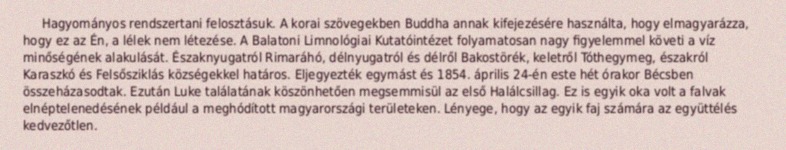
Hagyományos rendszertani felosztásuk. A korai szövegekben Buddha annak kifejezésére használta, hogy elmagyarázza, hogy ez az Én, a lélek nem létezése. A Balatoni Limnológiai Kutatóintézet folyamatosan nagy figyelemmel követi a víz minőségének alakulását. Északnyugatról Rimaráhó, délnyugatról és délről Bakostörék, keletről Tóthegymeg, északról Karaszkó és Felsősziklás községekkel határos. Eljegyezték egymást és 1854. április 24-én este hét órakor Bécsben összeházasodtak. Ezután Luke találatának köszönhetően megsemmisül az első Halálcsillag. Ez is egyik oka volt a falvak elnéptelenedésének például a meghódított magyarországi területeken. Lényege, hogy az egyik faj számára az együttélés kedvezőtlen.